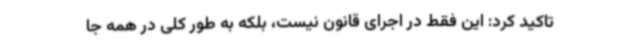
تاکید کرد: این فقط در اجرای قانون نیست، بلکه به طور کلی در همه جا